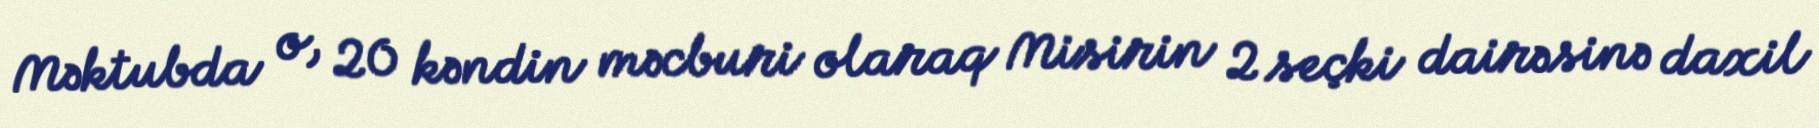
Məktubda o, 20 kəndin məcburi olaraq Misirin 2 seçki dairəsinə daxil